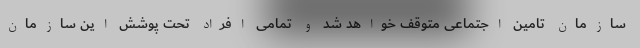
سازمان تامین اجتماعی متوقف خواهد شد و تمامی افراد تحت پوشش این سازمان